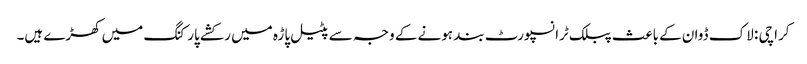
کراچی : لاک ڈوان کے باعث پبلک ٹرانسپورٹ بند ہونے کے وجہ سے پٹیل پاڑہ میں رکشے پارکنگ میں کھڑے ہیں۔